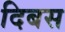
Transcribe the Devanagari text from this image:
दिबस